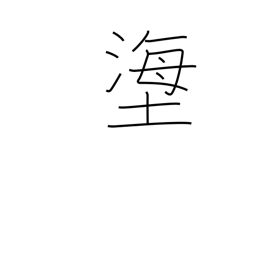
Meaning: title of a Noh play